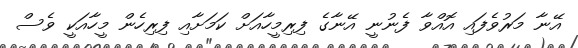
އޭނާ މަރުވެފައި އޮއްވާ ފެނުނީ އޭނާގެ ފިރިމީހާއަށް ކަމަށާއި ފިރިހެން މީހާއަކީ ވެސް